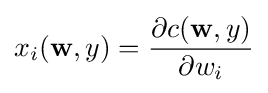
x_{i}(\mathbf {w} ,y)={\frac {\partial c(\mathbf {w} ,y)}{\partial w_{i}}}